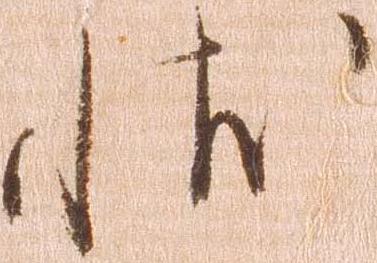
状